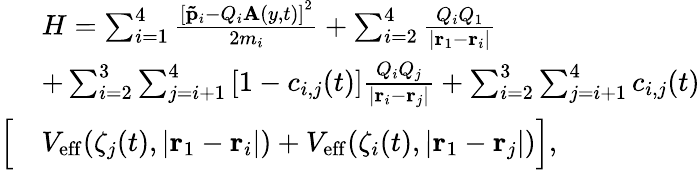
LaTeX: \begin{array}{rl}&{H=\sum_{i=1}^{4}\frac{\left[\mathbf{\tilde{p}}_{i}-Q_{i}\mathbf{A}(y,t)\right]^{2}}{2m_{i}}+\sum_{i=2}^{4}\frac{Q_{i}Q_{1}}{|\mathbf{r}_{1}-\mathbf{r}_{i}|}}\\ &{+\sum_{i=2}^{3}\sum_{j=i+1}^{4}\left[1-c_{i,j}(t)\right]\frac{Q_{i}Q_{j}}{|\mathbf{r}_{i}-\mathbf{r}_{j}|}+\sum_{i=2}^{3}\sum_{j=i+1}^{4}c_{i,j}(t)}\\ {\Big[}&{V_{\mathrm{eff}}(\zeta_{j}(t),|\mathbf{r}_{1}-\mathbf{r}_{i}|)+V_{\mathrm{eff}}(\zeta_{i}(t),|\mathbf{r}_{1}-\mathbf{r}_{j}|)\Big],}\end{array}